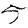
Digit: 5